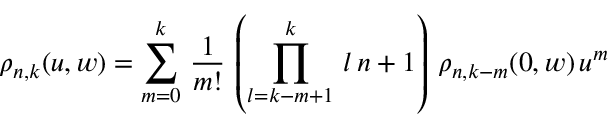
\rho _ { n , k } ( u , w ) = \sum _ { m = 0 } ^ { k } \, \frac { 1 } { m ! } \, \left( \prod _ { l = k - m + 1 } ^ { k } \, l \, n + 1 \right) \, \rho _ { n , k - m } ( 0 , w ) \, u ^ { m }